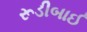
રૂડીબાઈ